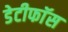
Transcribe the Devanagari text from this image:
डेटीफाॅस